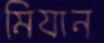
মিযান